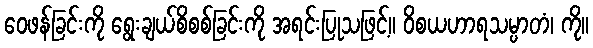
ဝေဖန်ခြင်းကို ရွေးချယ်စိစစ်ခြင်းကို အရင်းပြုသဖြင့်။ ဝိစယဟာရသမ္ပာတံ၊ ကို။